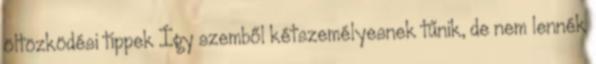
öltözködési tippek Így szemből kétszemélyesnek tűnik, de nem lennék